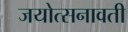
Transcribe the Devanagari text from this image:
जयोत्सनावती